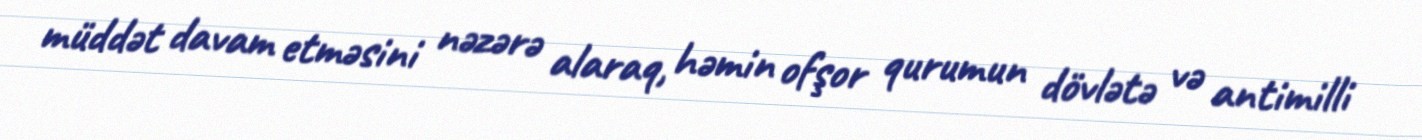
müddət davam etməsini nəzərə alaraq, həmin ofşor qurumun dövlətə və antimilli